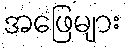
အဖြေများ